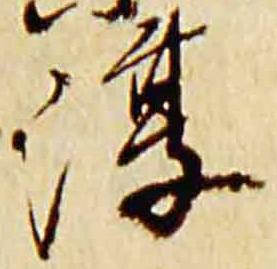
淳